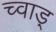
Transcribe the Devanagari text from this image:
च्वाड़्